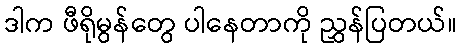
ဒါက ဖီရိုမွန်တွေ ပါနေတာကို ညွှန်ပြတယ်။